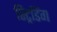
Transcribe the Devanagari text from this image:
स्ट्रिडिंग